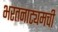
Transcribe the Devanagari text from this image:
भरतनाट्यमची